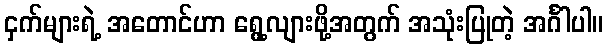
ငှက်များရဲ့ အတောင်ဟာ ရွေ့လျားဖို့အတွက် အသုံးပြုတဲ့ အင်္ဂါပါ။